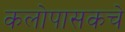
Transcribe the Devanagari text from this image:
कलोपासकचे